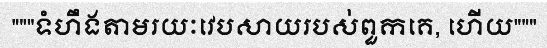
"""ទំហឹងតាមរយៈវេបសាយរបស់ពួកគេ, ហើយ"""